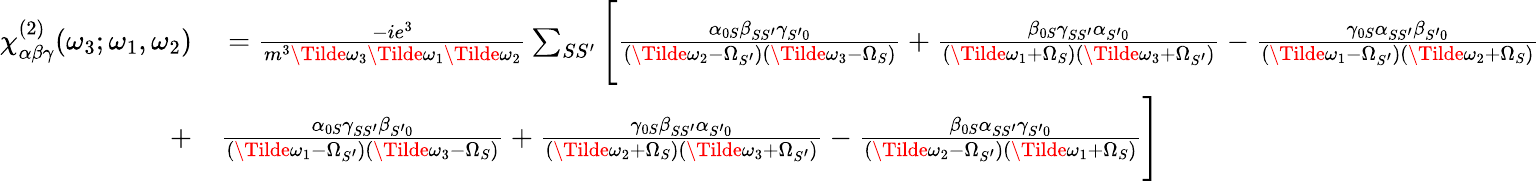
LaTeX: \begin{array}{rl}{\chi_{\alpha\beta\gamma}^{(2)}(\omega_{3};\omega_{1},\omega_{2})}&{{}=\frac{-ie^{3}}{m^{3}\Tilde{\omega}_{3}\Tilde{\omega}_{1}\Tilde{\omega}_{2}}\sum_{SS^{\prime}}\Bigg[\frac{\alpha_{0S}\beta_{SS^{\prime}}\gamma_{S^{\prime}0}}{(\Tilde{\omega}_{2}-\Omega_{S^{\prime}})(\Tilde{\omega}_{3}-\Omega_{S})}+\frac{\beta_{0S}\gamma_{SS^{\prime}}\alpha_{S^{\prime}0}}{(\Tilde{\omega}_{1}+\Omega_{S})(\Tilde{\omega}_{3}+\Omega_{S^{\prime}})}-\frac{\gamma_{0S}\alpha_{SS^{\prime}}\beta_{S^{\prime}0}}{(\Tilde{\omega}_{1}-\Omega_{S^{\prime}})(\Tilde{\omega}_{2}+\Omega_{S})}}\\ {+}&{{}\frac{\alpha_{0S}\gamma_{SS^{\prime}}\beta_{S^{\prime}0}}{(\Tilde{\omega}_{1}-\Omega_{S^{\prime}})(\Tilde{\omega}_{3}-\Omega_{S})}+\frac{\gamma_{0S}\beta_{SS^{\prime}}\alpha_{S^{\prime}0}}{(\Tilde{\omega}_{2}+\Omega_{S})(\Tilde{\omega}_{3}+\Omega_{S^{\prime}})}-\frac{\beta_{0S}\alpha_{SS^{\prime}}\gamma_{S^{\prime}0}}{(\Tilde{\omega}_{2}-\Omega_{S^{\prime}})(\Tilde{\omega}_{1}+\Omega_{S})}\Bigg]}\end{array}